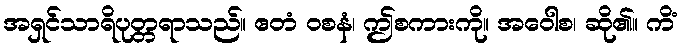
အရှင်သာရိပုတ္တရာသည်။ ဧတံ ဝစနံ၊ ဤစကားကို။ အဝေါစ၊ ဆို၏။ ကိံ